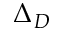
\Delta _ { D }